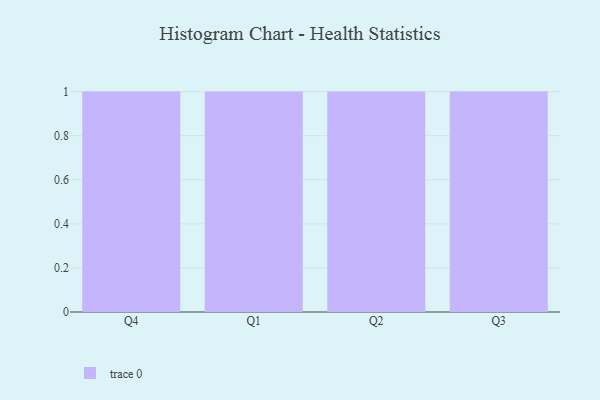
{"axis": {"x": "Quarter", "y": "Customer Acquisition Cost (USD)"}, "legend": [""], "data": [{"x": "Q4", "y": 68, "type": ""}, {"x": "Q1", "y": 25, "type": ""}, {"x": "Q2", "y": 86, "type": ""}, {"x": "Q3", "y": 57, "type": ""}]}